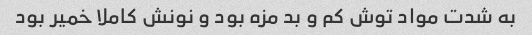
به شدت مواد توش کم و بد مزه بود و نونش کاملا خمیر بود